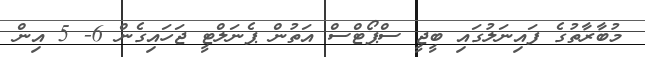
މުބާރާތުގެ ފައިނަލުގައި ބީޖީ ސްޕޯޓްސް އަތުން ޕެނަލްޓީ ޖަހައިގެން 6- 5 އިން